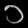
Digit: ၁